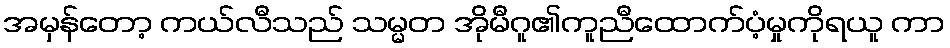
အမှန်တော့ ကယ်လီသည် သမ္မတ အိုမီဂူ၏ကူညီထောက်ပံ့မှုကိုရယူ ကာ